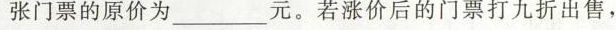
张门票的原价为___元。若涨价后的门票打九折出售，